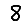
Digit: 8